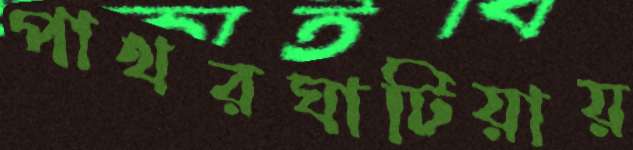
পাথরঘাটিয়ায়